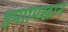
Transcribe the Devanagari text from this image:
इमाामखान